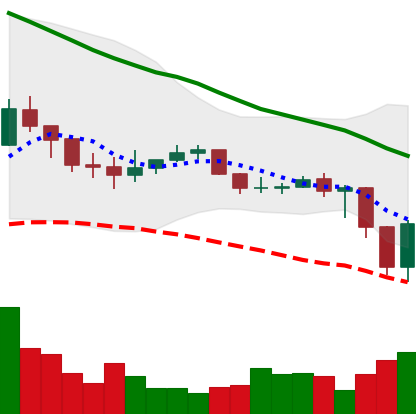
Ticker: ADA-USD
Chart end date: 2019-12-18
Forward return: -3.662%
Label: down_3_5